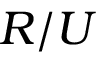
{ R \mathord { \left/ { \vphantom { R U } } \right. \kern - \nulldelimiterspace } U }